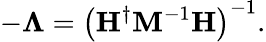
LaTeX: -\mathbf{\Lambda}=\left(\mathbf{H}^{\dagger}\mathbf{M}^{-1}\mathbf{H}\right)^{-1}.